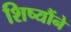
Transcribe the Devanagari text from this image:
शिष्यौंने